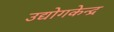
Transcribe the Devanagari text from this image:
उद्योगकेन्द्र